Vaccination United Provinces of Agra and Oudh 1914-1922 - 1914-1922
Year: 1914
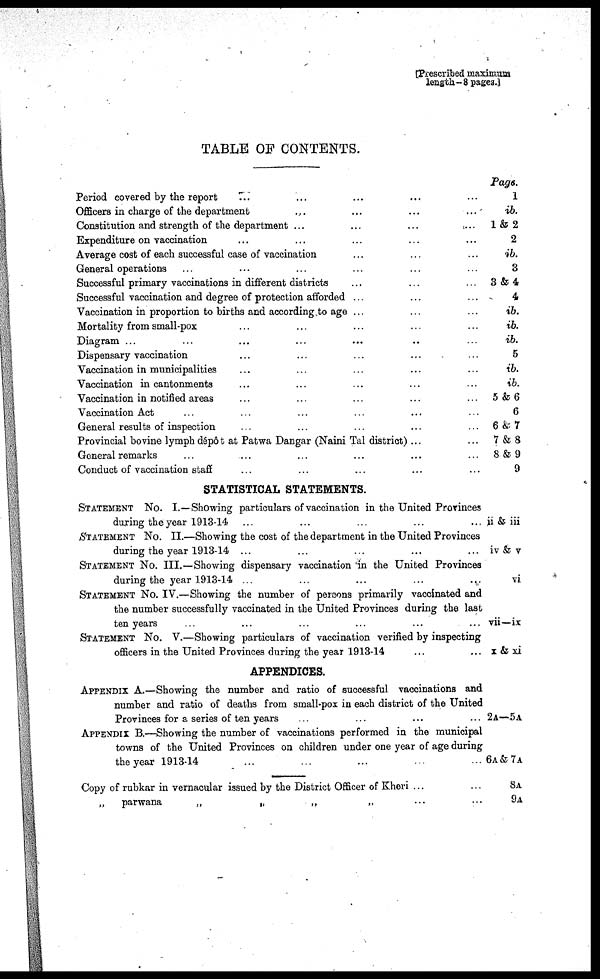
[Prescribed maximum
length—8 pages.]
TABLE OF CONTENTS.
Period covered by the report ... ... ... ...
Officers in charge of the department
...
...
...
...
...
Constitution and strength of the department
...
...
...
...
Expenditure on vaccination ... ... ... ...
Average cost of each successful case of vaccination ... ... ...
General operations ... ... ... ...
Successful primary vaccinations in different districts ... ... ...
Successful vaccination and degree of protection afforded ... ... ... ...
Vaccination in proportion to births and according to age ... ... ... ... ...
Mortality from small-pox ... ... ... ... ...
Diagram ... ... ... ... ...
Dispensary vaccination ... ... ... ... ... ...
Vaccination in municipalities ... ... ... ... ...
Vaccination in cantonments ... ... ... ...
Vaccination in notified areas ... ... ... ...
Vaccination Act ... ... ... ... ...
General results of inspection ... ... ... ...
Provincial bovine lymph dépôt at Patwa Dangar (Naini Tal district) ...
General remarks ... ... ... ...
Conduct of vaccination staff ... ... ... ...
STATISTICAL STATEMENTS.
STATEMENT No. I.—Showing particulars of vaccination in the United Provinces
during the year 1913-14 ... ... ...
STATEMENT No. II.—Showing the cost of the department in the United Provinces
during the year 1913-14 ... ... ...
STATEMENT No. III.—Showing dispensary vaccination in the United Provinces
during the year 1913-14 ... ... ...
STATEMENT No. IV.—Showing the number of persons primarily vaccinated and
the number successfully vaccinated in the United Provinces during the last
ten years ... ... ...
STATEMENT No. V.—Showing particulars of vaccination verified by inspecting
officers in the United Provinces during the year 1913-14 ... ... ...
APPENDICES.
APPENDIX A.—Showing the number and ratio of successful vaccinations and
number and ratio of deaths from small-pox in each district of the United
Provinces for a series of ten years ... ... ...
APPENDIX B.—Showing the number of vaccinations performed in the municipal
towns of the United Provinces on children under one year of age during
the year 1913-14 ... ... ... ...
Copy of rubkar in vernacular issued by the District Officer of Kheri ...
parwana
„
„
„ ... ... ...
Pags.
1
ib.
1&2
2
ib.
3
3&4
4
ib.
ib.
ib.
5
ib.
ib.
5 &6
6
6&7
7&8
8&9
9
ii & iii
iv & v
vi
vii—ix
x & xi
2A—5A
6A&7A
8A
9A